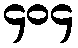
၄၀၄